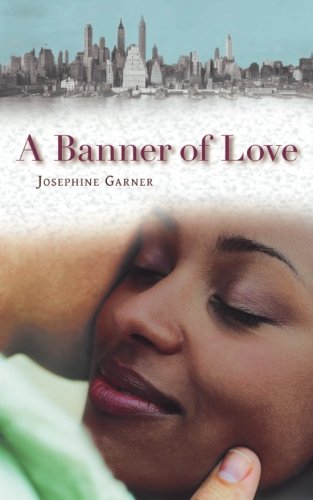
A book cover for A Banner of Love; Josephine Garner; Literature & Fiction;